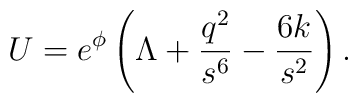
U = e^{\phi}\left( \Lambda +  \frac{q^2}{s^6} -\frac{6k}{s^2}\right).